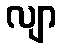
လျာ